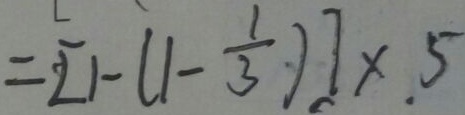
= [ 1 - ( 1 - \frac { 1 } { 3 } ) ] \times 5